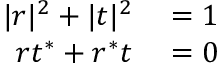
\begin{array} { r l } { | r | ^ { 2 } + | t | ^ { 2 } } & { { } = 1 } \\ { r t ^ { * } + r ^ { * } t } & { { } = 0 } \end{array}